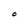
Character: O